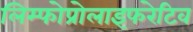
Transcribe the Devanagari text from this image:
लिम्फोप्रोलाइफरेटिव